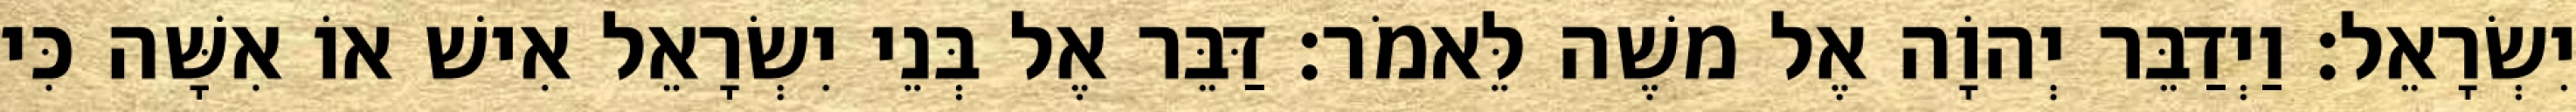
יִשְׂרָאֵל׃ וַיְדַבֵּר יְהוָֹה אֶל משֶׁה לֵּאמֹר׃ דַּבֵּר אֶל בְּנֵי יִשְׂרָאֵל אִישׁ אוֹ אִשָּׁה כִּי